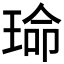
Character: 𬍱